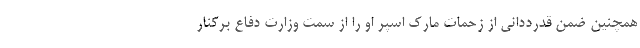
همچنین ضمن قدرددانی از زحمات مارک اسپر او را از سمت وزارت دفاع برکنار